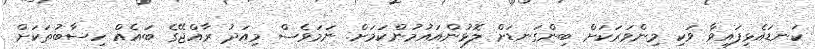
ކަނޑައެޅިފައިވާ ވަކި މިންވަރަކަށް ބިންގަނޑަށް ލޮޅުންއައުމުންކަމަށް. ނަމަވެސް މިއަދު ރާއްޖޭގެ ބައެއް ހިސާބުތަކަށް